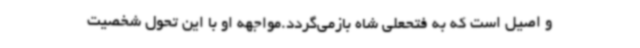
و اصیل است که به فتحعلی شاه بازمی‌گردد.مواجهه او با این تحول شخصیت